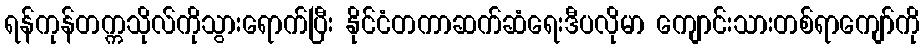
ရန်ကုန်တက္ကသိုလ်ကိုသွားရောက်ပြီး နိုင်ငံတကာဆက်ဆံရေးဒီပလိုမာ ကျောင်းသားတစ်ရာကျော်ကို